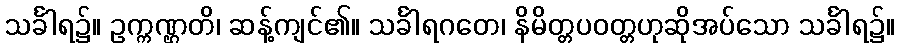
သင်္ခါရ၌။ ဥက္ကဏ္ဌတိ၊ ဆန့်ကျင်၏။ သင်္ခါရဂတေ၊ နိမိတ္တပဝတ္တဟုဆိုအပ်သော သင်္ခါရ၌။